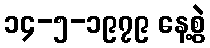
၁၄-၅-၁၉၇၉ နေ့စွဲ